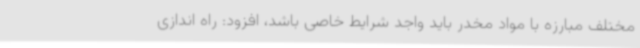
مختلف مبارزه با مواد مخدر باید واجد شرایط خاصی باشد، افزود: راه اندازی